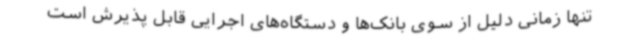
تنها زمانی دلیل از سوی بانک‌ها و دستگاه‌های اجرایی قابل پذیرش است